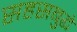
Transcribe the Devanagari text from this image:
सहसबुद्धे